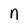
Character: n